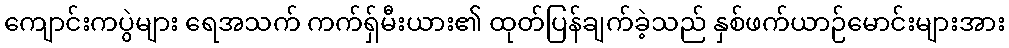
ကျောင်းကပွဲများ ရေအသက် ကက်ရှ်မီးယား၏ ထုတ်ပြန်ချက်ခဲ့သည် နှစ်ဖက်ယာဉ်မောင်းများအား